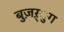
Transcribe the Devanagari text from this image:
बुज़ऱ्ुग